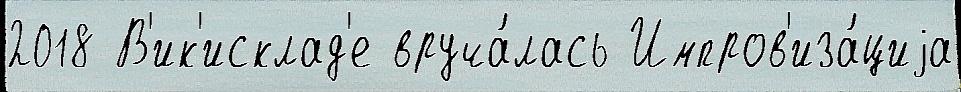
2018 В'ик'исклад'е вруча́лась Импров'иза́циjа